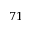
7 1